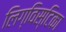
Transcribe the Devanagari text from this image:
लिग्विस्टिका